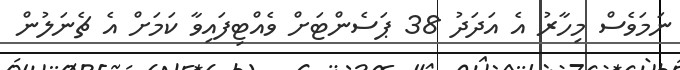
ނަމަވެސް މިހާރު އެ އަދަދު 38 ޕަސެންޓަށް ވެއްޓިފައިވާ ކަމަށް އެ ޗެނަލުން